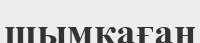
шымқаған